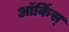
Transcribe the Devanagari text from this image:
ऑर्किस्